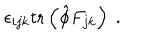
LaTeX: \epsilon _ { i j k } \mathrm { t r } \left( \hat { \phi } F _ { j k } \right) \ .